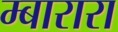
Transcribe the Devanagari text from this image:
म्बारारा